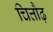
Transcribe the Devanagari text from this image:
चित्तौढ़